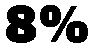
8%